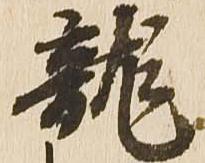
龍